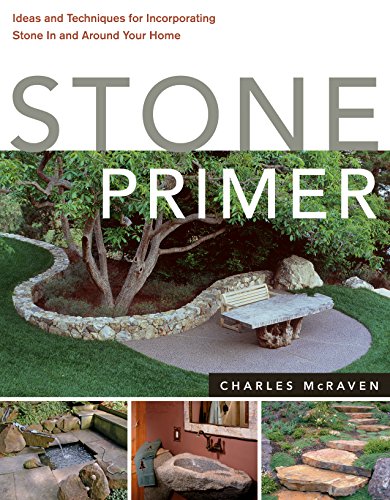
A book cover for Stone Primer; Charles McRaven; Crafts, Hobbies & Home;